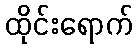
ထိုင်းရောက်